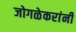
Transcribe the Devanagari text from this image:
जोगळेकरांनी